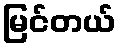
မြင်တယ်